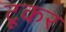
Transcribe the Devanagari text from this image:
टूकर